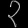
Digit: ၃